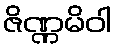
ဇိဏ္ဏမိဝါ